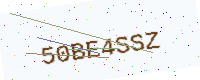
Text: 50BE4SSZ